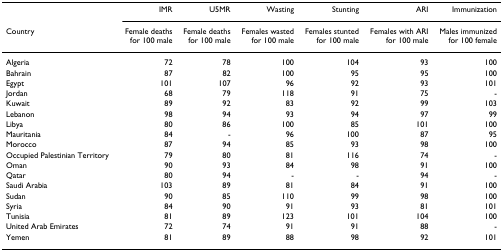
<table><thead><tr><td></td><td><b>IMR</b></td><td><b>U5MR</b></td><td><b>Wasting</b></td><td><b>Stunting</b></td><td><b>ARI</b></td><td><b>Immunization</b></td></tr><tr><td><b>Country</b></td><td><b>Female deathsfor 100 male</b></td><td><b>Female deathsfor 100 male</b></td><td><b>Females wastedfor 100 male</b></td><td><b>Females stuntedfor 100 male</b></td><td><b>Females with ARIfor 100 male</b></td><td><b>Males immunizedfor 100 female</b></td></tr></thead><tbody><tr><td>Algeria</td><td>72</td><td>78</td><td>100</td><td>104</td><td>93</td><td>100</td></tr><tr><td>Bahrain</td><td>87</td><td>82</td><td>100</td><td>95</td><td>95</td><td>100</td></tr><tr><td>Egypt</td><td>101</td><td>107</td><td>96</td><td>92</td><td>93</td><td>101</td></tr><tr><td>Jordan</td><td>68</td><td>79</td><td>118</td><td>91</td><td>75</td><td>-</td></tr><tr><td>Kuwait</td><td>89</td><td>92</td><td>83</td><td>92</td><td>99</td><td>103</td></tr><tr><td>Lebanon</td><td>98</td><td>94</td><td>93</td><td>94</td><td>97</td><td>99</td></tr><tr><td>Libya</td><td>80</td><td>86</td><td>100</td><td>85</td><td>101</td><td>100</td></tr><tr><td>Mauritania</td><td>84</td><td>-</td><td>96</td><td>100</td><td>87</td><td>95</td></tr><tr><td>Morocco</td><td>87</td><td>94</td><td>85</td><td>93</td><td>98</td><td>100</td></tr><tr><td>Occupied Palestinian Territory</td><td>79</td><td>80</td><td>81</td><td>116</td><td>74</td><td>-</td></tr><tr><td>Oman</td><td>90</td><td>93</td><td>84</td><td>98</td><td>91</td><td>100</td></tr><tr><td>Qatar</td><td>80</td><td>94</td><td>-</td><td>-</td><td>94</td><td>-</td></tr><tr><td>Saudi Arabia</td><td>103</td><td>89</td><td>81</td><td>84</td><td>91</td><td>100</td></tr><tr><td>Sudan</td><td>90</td><td>85</td><td>110</td><td>99</td><td>98</td><td>100</td></tr><tr><td>Syria</td><td>84</td><td>90</td><td>91</td><td>93</td><td>81</td><td>101</td></tr><tr><td>Tunisia</td><td>81</td><td>89</td><td>123</td><td>101</td><td>104</td><td>100</td></tr><tr><td>United Arab Emirates</td><td>72</td><td>74</td><td>91</td><td>91</td><td>88</td><td>-</td></tr><tr><td>Yemen</td><td>81</td><td>89</td><td>88</td><td>98</td><td>92</td><td>101</td></tr></tbody></table>